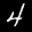
Label: 4